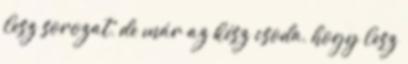
lesz sorozat, de már az kész csoda, hogy lesz